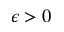
\epsilon > 0